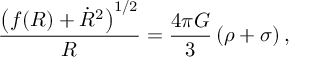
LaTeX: \frac { \left( f ( R ) + \dot { R } ^ { 2 } \right) ^ { 1 / 2 } } { R } = \frac { 4 \pi G } { 3 } \, ( \rho + \sigma ) \, ,